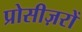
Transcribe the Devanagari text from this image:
प्रोसीज़रों